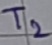
Text: T2